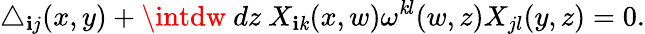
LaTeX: \triangle_{\mathbf{i}j}(x,y)+\intdw~dz~X_{\mathbf{i}\mathit{k}}(x,w)\omega^{\mathit{k}l}(w,z)X_{jl}(y,z)=0.